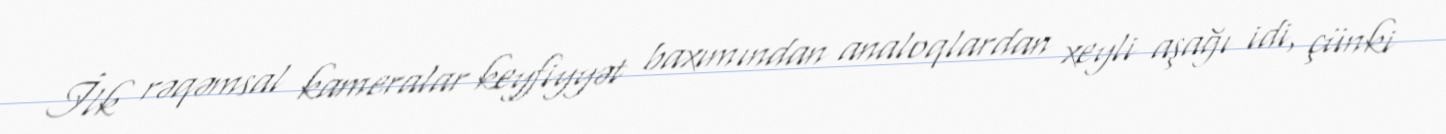
İlk rəqəmsal kameralar keyfiyyət baxımından analoqlardan xeyli aşağı idi, çünki